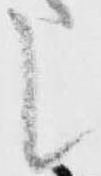
候